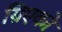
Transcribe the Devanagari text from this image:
ग्रिएको